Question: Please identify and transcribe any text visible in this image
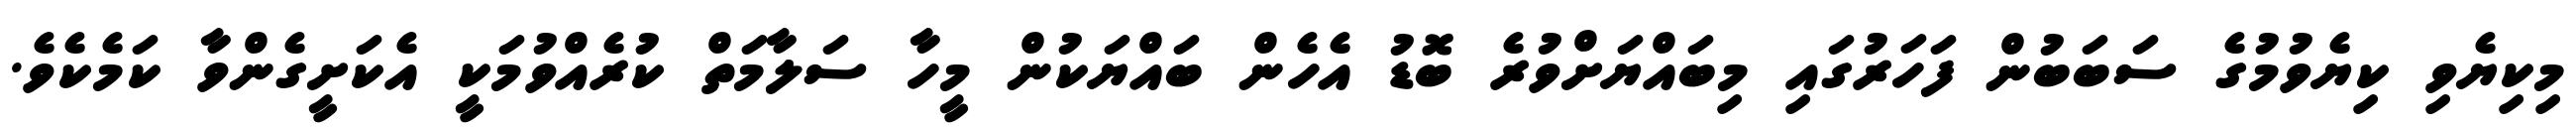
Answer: މިކިޔެވި ކިޔެވުމުގެ ސަބަބުން ފަހަރުގައި މިބައްޔަށްވުރެ ބޮޑު އެހެން ބައްޔަކުން މީހާ ސަލާމަތް ކުރެއްވުމަކީ އެކަށީގެންވާ ކަމެކެވެ.